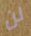
لن